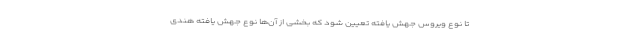
تا نوع ویروس جهش یافته تعیین شود که بخشی از آن‌ها نوع جهش یافته هندی